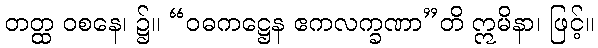
တတ္ထ ဝစနေ၊ ၌။ “ဝဓကဋ္ဌေန ဧကလက္ခဏာ”တိ ဣမိနာ၊ ဖြင့်။